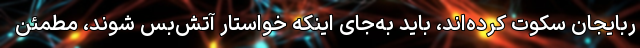
ربایجان سکوت کرده‌اند، باید به‌جای اینکه خواستار آتش‌بس شوند، مطمئن